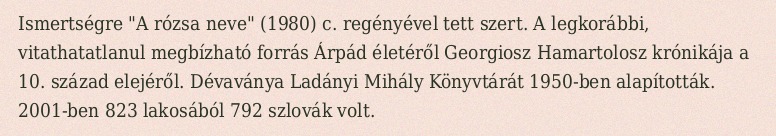
Ismertségre "A rózsa neve" (1980) c. regényével tett szert. A legkorábbi, vitathatatlanul megbízható forrás Árpád életéről Georgiosz Hamartolosz krónikája a 10. század elejéről. Dévaványa Ladányi Mihály Könyvtárát 1950-ben alapították. 2001-ben 823 lakosából 792 szlovák volt.